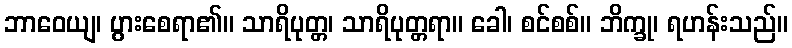
ဘာဝေယျ၊ ပွားစေရာ၏။ သာရိပုတ္တ၊ သာရိပုတ္တရာ။ ခေါ၊ စင်စစ်။ ဘိက္ခု၊ ရဟန်းသည်။